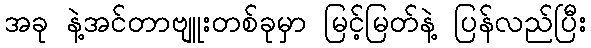
အခု နဲ့အင်တာဗျူးတစ်ခုမှာ မြင့်မြတ်နဲ့ ပြန်လည်ပြီး